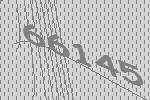
66145